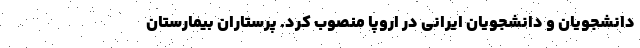
دانشجویان و دانشجویان ایرانی در اروپا منصوب کرد. پرستاران بیمارستان